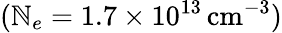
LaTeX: (\mathbb{N}_{e}=1.7\times10^{13}\, \mathrm{{cm}}^{-3})